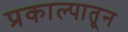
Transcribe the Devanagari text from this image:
प्रकाल्पातून